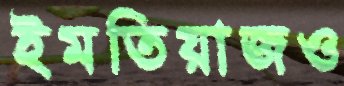
ইমতিয়াজও